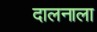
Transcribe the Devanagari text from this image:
दालनाला